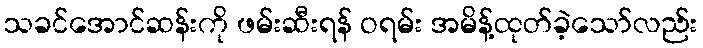
သခင်အောင်ဆန်းကို ဖမ်းဆီးရန် ဝရမ်း အမိန့်ထုတ်ခဲ့သော်လည်း